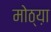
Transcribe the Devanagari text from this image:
मोठ्य़ा